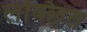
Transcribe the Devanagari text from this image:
लक्छित